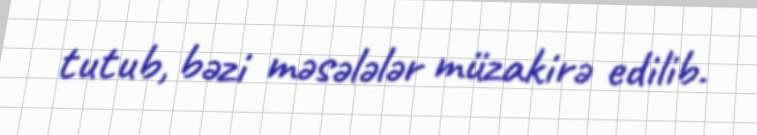
tutub, bəzi məsələlər müzakirə edilib.